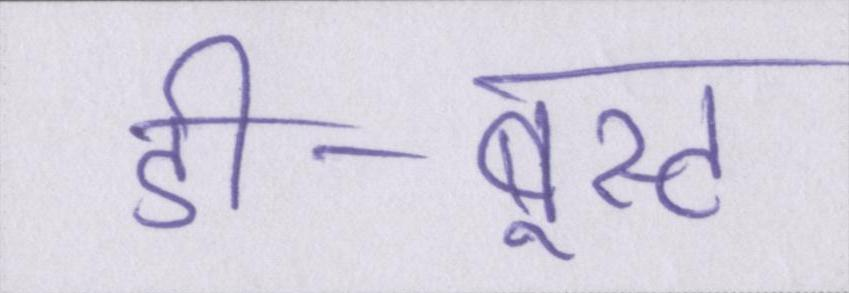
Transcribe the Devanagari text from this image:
डी-बूस्ट